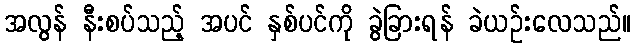
အလွန် နီးစပ်သည့် အပင် နှစ်ပင်ကို ခွဲခြားရန် ခဲယဉ်းလေသည်။